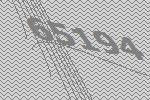
65194